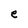
Character: e